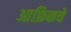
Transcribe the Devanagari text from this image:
आफ्रिकचे